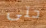
حتى